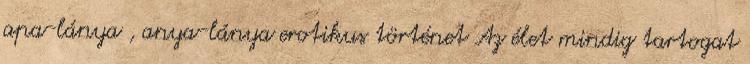
apa-lánya , anya-lánya erotikus történet Az élet mindig tartogat